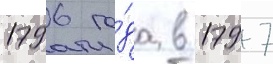
1796 го́да в 1797